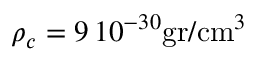
\rho _ { c } = 9 \, 1 0 ^ { - 3 0 } \mathrm { g r } / \mathrm { c m } ^ { 3 }